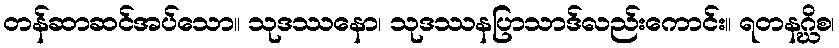
တန်ဆာဆင်အပ်သော။ သုဒဿနော၊ သုဒဿနပြာသာဒ်လည်းကောင်း။ ရတနဂ္ဃိစ၊